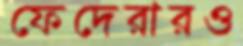
ফেদেরারও